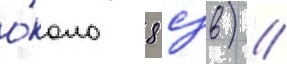
о́коло 8 сзв) //